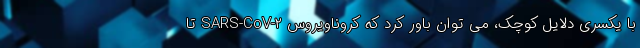
با یکسری دلایل کوچک، می توان باور کرد که کروناویروس SARS-CoV-۲ تا